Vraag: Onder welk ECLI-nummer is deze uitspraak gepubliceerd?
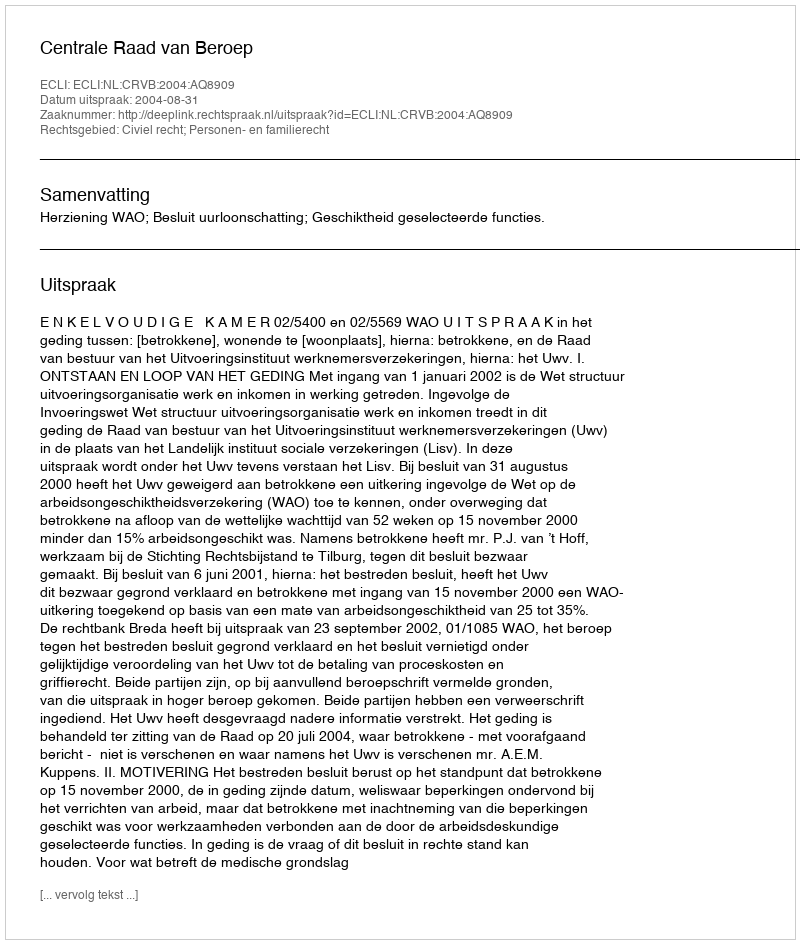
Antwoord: ECLI:NL:CRVB:2004:AQ8909